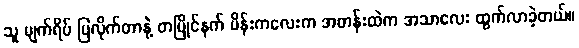
သူ မျက်ရိပ် ပြလိုက်တာနဲ့ တပြိုင်နက် မိန်းကလေးက အတန်းထဲက အသာလေး ထွက်လာခဲ့တယ်။